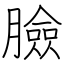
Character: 臉